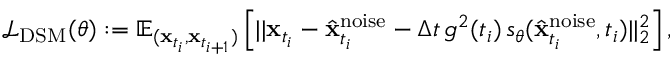
\begin{array} { r } { \mathcal { L } _ { \mathrm { D S M } } ( \theta ) : = \mathbb { E } _ { ( \mathbf { x } _ { t _ { i } } , \mathbf { x } _ { t _ { i + 1 } } ) } \left[ | | \mathbf { x } _ { t _ { i } } - \hat { \mathbf { x } } _ { t _ { i } } ^ { \mathrm { n o i s e } } - \Delta t \, g ^ { 2 } ( t _ { i } ) \, s _ { \theta } ( \hat { \mathbf { x } } _ { t _ { i } } ^ { \mathrm { n o i s e } } , t _ { i } ) | | _ { 2 } ^ { 2 } \right] , } \end{array}